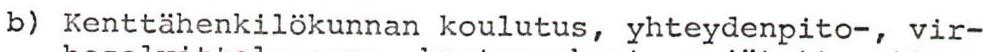
b) Kenttähenkilökunnan koulutus, yhteydenpito-, vir-